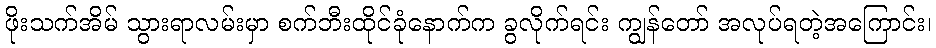
ဖိုးသက်အိမ် သွားရာလမ်းမှာ စက်ဘီးထိုင်ခုံနောက်က ခွလိုက်ရင်း ကျွန်တော် အလုပ်ရတဲ့အကြောင်း၊